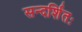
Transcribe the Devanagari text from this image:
सन्दर्शितः